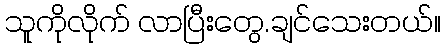
သူကိုလိုက် လာပြီးတွေ.ချင်သေးတယ်။